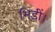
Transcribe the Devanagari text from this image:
भिड़ीं।